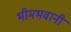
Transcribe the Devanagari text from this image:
भीमभवानी